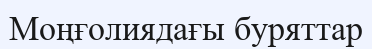
Моңғолиядағы буряттар